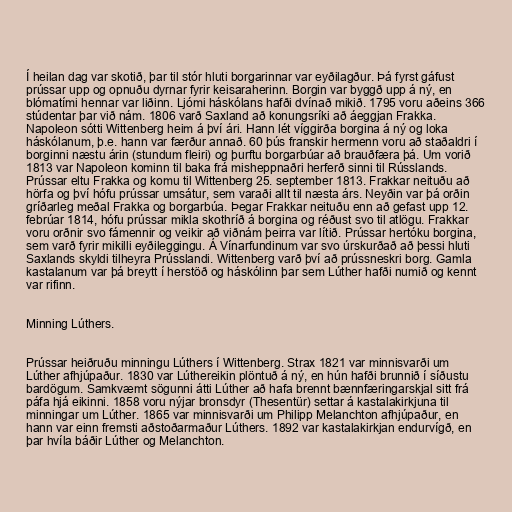
Í heilan dag var skotið, þar til stór hluti borgarinnar var eyðilagður. Þá fyrst gáfust
prússar upp og opnuðu dyrnar fyrir keisaraherinn. Borgin var byggð upp á ný, en
blómatími hennar var liðinn. Ljómi háskólans hafði dvínað mikið. 1795 voru aðeins 366
stúdentar þar við nám. 1806 varð Saxland að konungsríki að áeggjan Frakka.
Napoleon sótti Wittenberg heim á því ári. Hann lét víggirða borgina á ný og loka
háskólanum, þ.e. hann var færður annað. 60 þús franskir hermenn voru að staðaldri í
borginni næstu árin (stundum fleiri) og þurftu borgarbúar að brauðfæra þá. Um vorið
1813 var Napoleon kominn til baka frá misheppnaðri herferð sinni til Rússlands.
Prússar eltu Frakka og komu til Wittenberg 25. september 1813. Frakkar neituðu að
hörfa og því hófu prússar umsátur, sem varaði allt til næsta árs. Neyðin var þá orðin
gríðarleg meðal Frakka og borgarbúa. Þegar Frakkar neituðu enn að gefast upp 12.
febrúar 1814, hófu prússar mikla skothríð á borgina og réðust svo til atlögu. Frakkar
voru orðnir svo fámennir og veikir að viðnám þeirra var lítið. Prússar hertóku borgina,
sem varð fyrir mikilli eyðileggingu. Á Vínarfundinum var svo úrskurðað að þessi hluti
Saxlands skyldi tilheyra Prússlandi. Wittenberg varð því að prússneskri borg. Gamla
kastalanum var þá breytt í herstöð og háskólinn þar sem Lúther hafði numið og kennt
var rifinn.

Minning Lúthers.

Prússar heiðruðu minningu Lúthers í Wittenberg. Strax 1821 var minnisvarði um
Lúther afhjúpaður. 1830 var Lúthereikin plöntuð á ný, en hún hafði brunnið í síðustu
bardögum. Samkvæmt sögunni átti Lúther að hafa brennt bænnfæringarskjal sitt frá
páfa hjá eikinni. 1858 voru nýjar bronsdyr (Thesentür) settar á kastalakirkjuna til
minningar um Lúther. 1865 var minnisvarði um Philipp Melanchton afhjúpaður, en
hann var einn fremsti aðstoðarmaður Lúthers. 1892 var kastalakirkjan endurvígð, en
þar hvíla báðir Lúther og Melanchton.